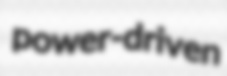
power-driven